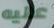
عليه